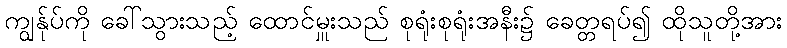
ကျွန်ုပ်ကို ခေါ်သွားသည့် ထောင်မှူးသည် စုရုံးစုရုံးအနီး၌ ခေတ္တရပ်၍ ထိုသူတို့အား